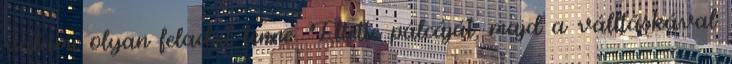
valami olyan feladat lenne. Eltette pálcáját, majd a válltáskával